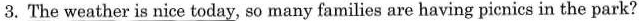
3. The weather is nice today, so many families are having picnics in the park?